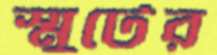
স্মুটের